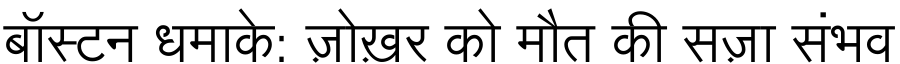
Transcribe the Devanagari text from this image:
बॉस्टन धमाके: ज़ोख़र को मौत की सज़ा संभव